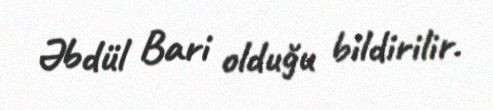
Əbdül Bari olduğu bildirilir.